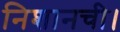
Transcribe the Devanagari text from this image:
निशानची।